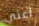
اعني